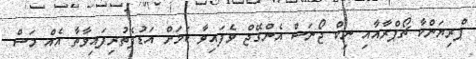
ޕްރިޔަންކާ ޗޯޕްރާއާއި ނިކް ޖޯނަސް އެންގޭޖް ވެފައިވާ ކަމަށް އަޑުފެތުރިފައިވާތާ އެއް މަސް